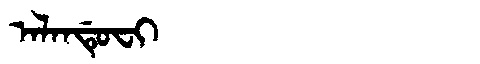
Manchu: ᠠᠯᠠᠨᡩᡠᠸᡳ
Romanization: ALANDUFI